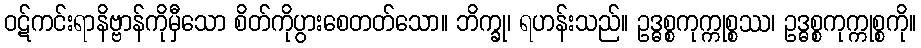
ဝဋ်ကင်းရာနိဗ္ဗာန်ကိုမှီသော စိတ်ကိုပွားစေတတ်သော။ ဘိက္ခု၊ ရဟန်းသည်။ ဥဒ္ဓစ္စကုက္ကုစ္စဿ၊ ဥဒ္ဓစ္စကုက္ကုစ္စကို။